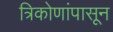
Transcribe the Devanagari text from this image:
त्रिकोणांपासून